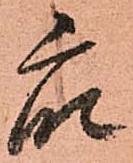
衆